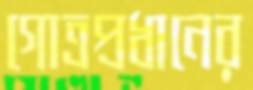
গোত্রপ্রধানের